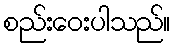
စည်းဝေးပါသည်။